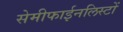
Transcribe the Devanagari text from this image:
सेमीफाईनलिस्टों